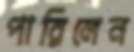
পারিলেন